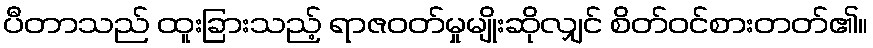
ပီတာသည် ထူးခြားသည့် ရာဇဝတ်မှုမျိုးဆိုလျှင် စိတ်ဝင်စားတတ်၏။